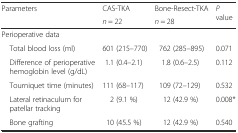
| <ROWSPAN=2> Parameters | CAS-TKA | Bone-Resect-TKA | <ROWSPAN=2> P value |
 | n = 22 | n = 28 |
 | --- | --- | --- | --- |
 | <COLSPAN=4> Perioperative data |
 | Total blood loss (ml) | 601 (215–770) | 762 (285–895) | 0.071 |
 | Difference of perioperative hemoglobin level (g/dL) | 1.1 (0.4–2.1) | 1.8 (0.6–2.5) | 0.112 |
 | Tourniquet time (minutes) | 111 (68–117) | 109 (72–129) | 0.532 |
 | Lateral retinaculum for patellar tracking | 2 (9.1 %) | 12 (42.9 %) | 0.008* |
 | Bone grafting | 10 (45.5 %) | 12 (42.9 %) | 0.540 |